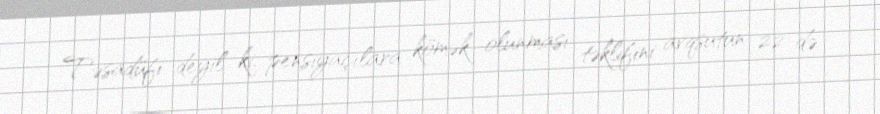
Təsadüfi deyil ki, pensiyaçılara kömək olunması təklifini avqsutun 22-də